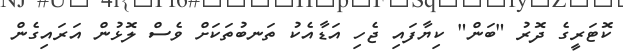
ކޮޓަރީގެ ދޮރު "ބަން" ކިޔާފައި ޖެހި އަޑާއެކު ތަނބުތަކަށް ވެސް ލޮޅުން އަރައިގެން